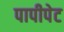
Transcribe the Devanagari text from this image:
पापीपेट